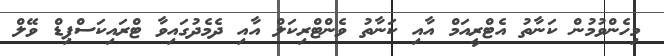
މިހެންވުމުން ކަނާތު އެޓްރީއަމް އާއި ކަނާތު ވެންޓްރިކަލް އާއި ދެމެދުގައިވާ ޓްރައިކަސްޕިޑް ވޭލް